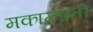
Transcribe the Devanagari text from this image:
मकाग्नानी